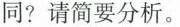
同?请简要分析。